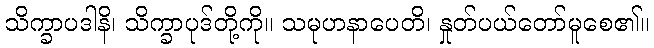
သိက္ခာပဒါနိ၊ သိက္ခာပုဒ်တို့ကို။ သမုဟနာပေတိ၊ နှုတ်ပယ်တော်မူစေ၏။